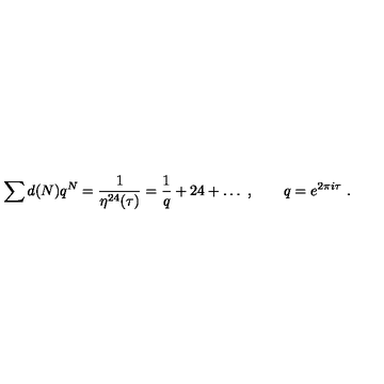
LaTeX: \sum d ( N ) q ^ { N } = \frac { 1 } { \eta ^ { 2 4 } ( \tau ) } = \frac { 1 } { q } + 2 4 + \dots \ , \qquad q = e ^ { 2 \pi i \tau } \ .